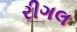
રીગલ